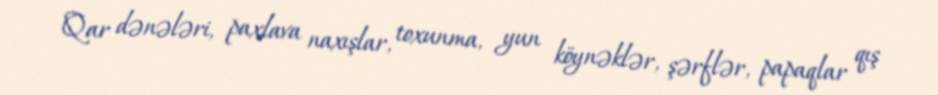
Qar dənələri, paxlava naxışlar, toxunma, yun köynəklər, şərflər, papaqlar qış